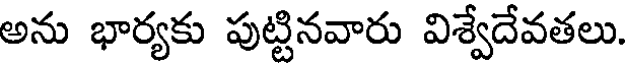
అను భార్యకు పుట్టినవారు విశ్వేదేవతలు.